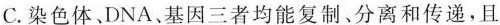
C.染色体。DNA、基因三者均能复制、分离和传递，且